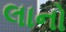
લાનો